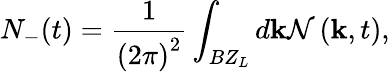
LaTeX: N_{-}(t)=\frac{1}{\left(2\pi\right)^{2}}\int_{BZ_{L}}d\mathbf{k}\mathcal{N}\left(\mathbf{k},t\right),